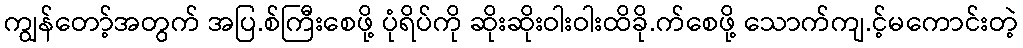
ကျွန်တော့်အတွက် အပြ.စ်ကြီးစေဖို့ ပုံရိပ်ကို ဆိုးဆိုးဝါးဝါးထိခို.က်စေဖို့ သောက်ကျ.င့်မကောင်းတဲ့